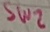
Text: SW2